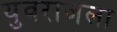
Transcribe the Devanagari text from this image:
युवराजला